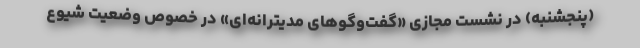
(پنجشنبه) در نشست مجازی «گفت‌وگوهای مدیترانه‌ای» در خصوص وضعیت شیوع